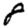
Digit: 8